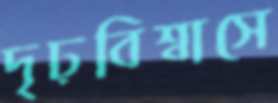
দৃঢ়বিশ্বাসে